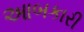
આબકારી